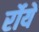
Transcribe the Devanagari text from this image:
र्रोयें